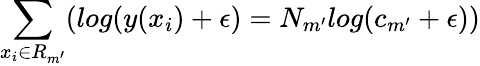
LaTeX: \sum_{x_{i}\in R_{m^{\prime}}}(log(y(x_{i})+\epsilon)=N_{m^{\prime}}log(c_{m^{\prime}}+\epsilon))